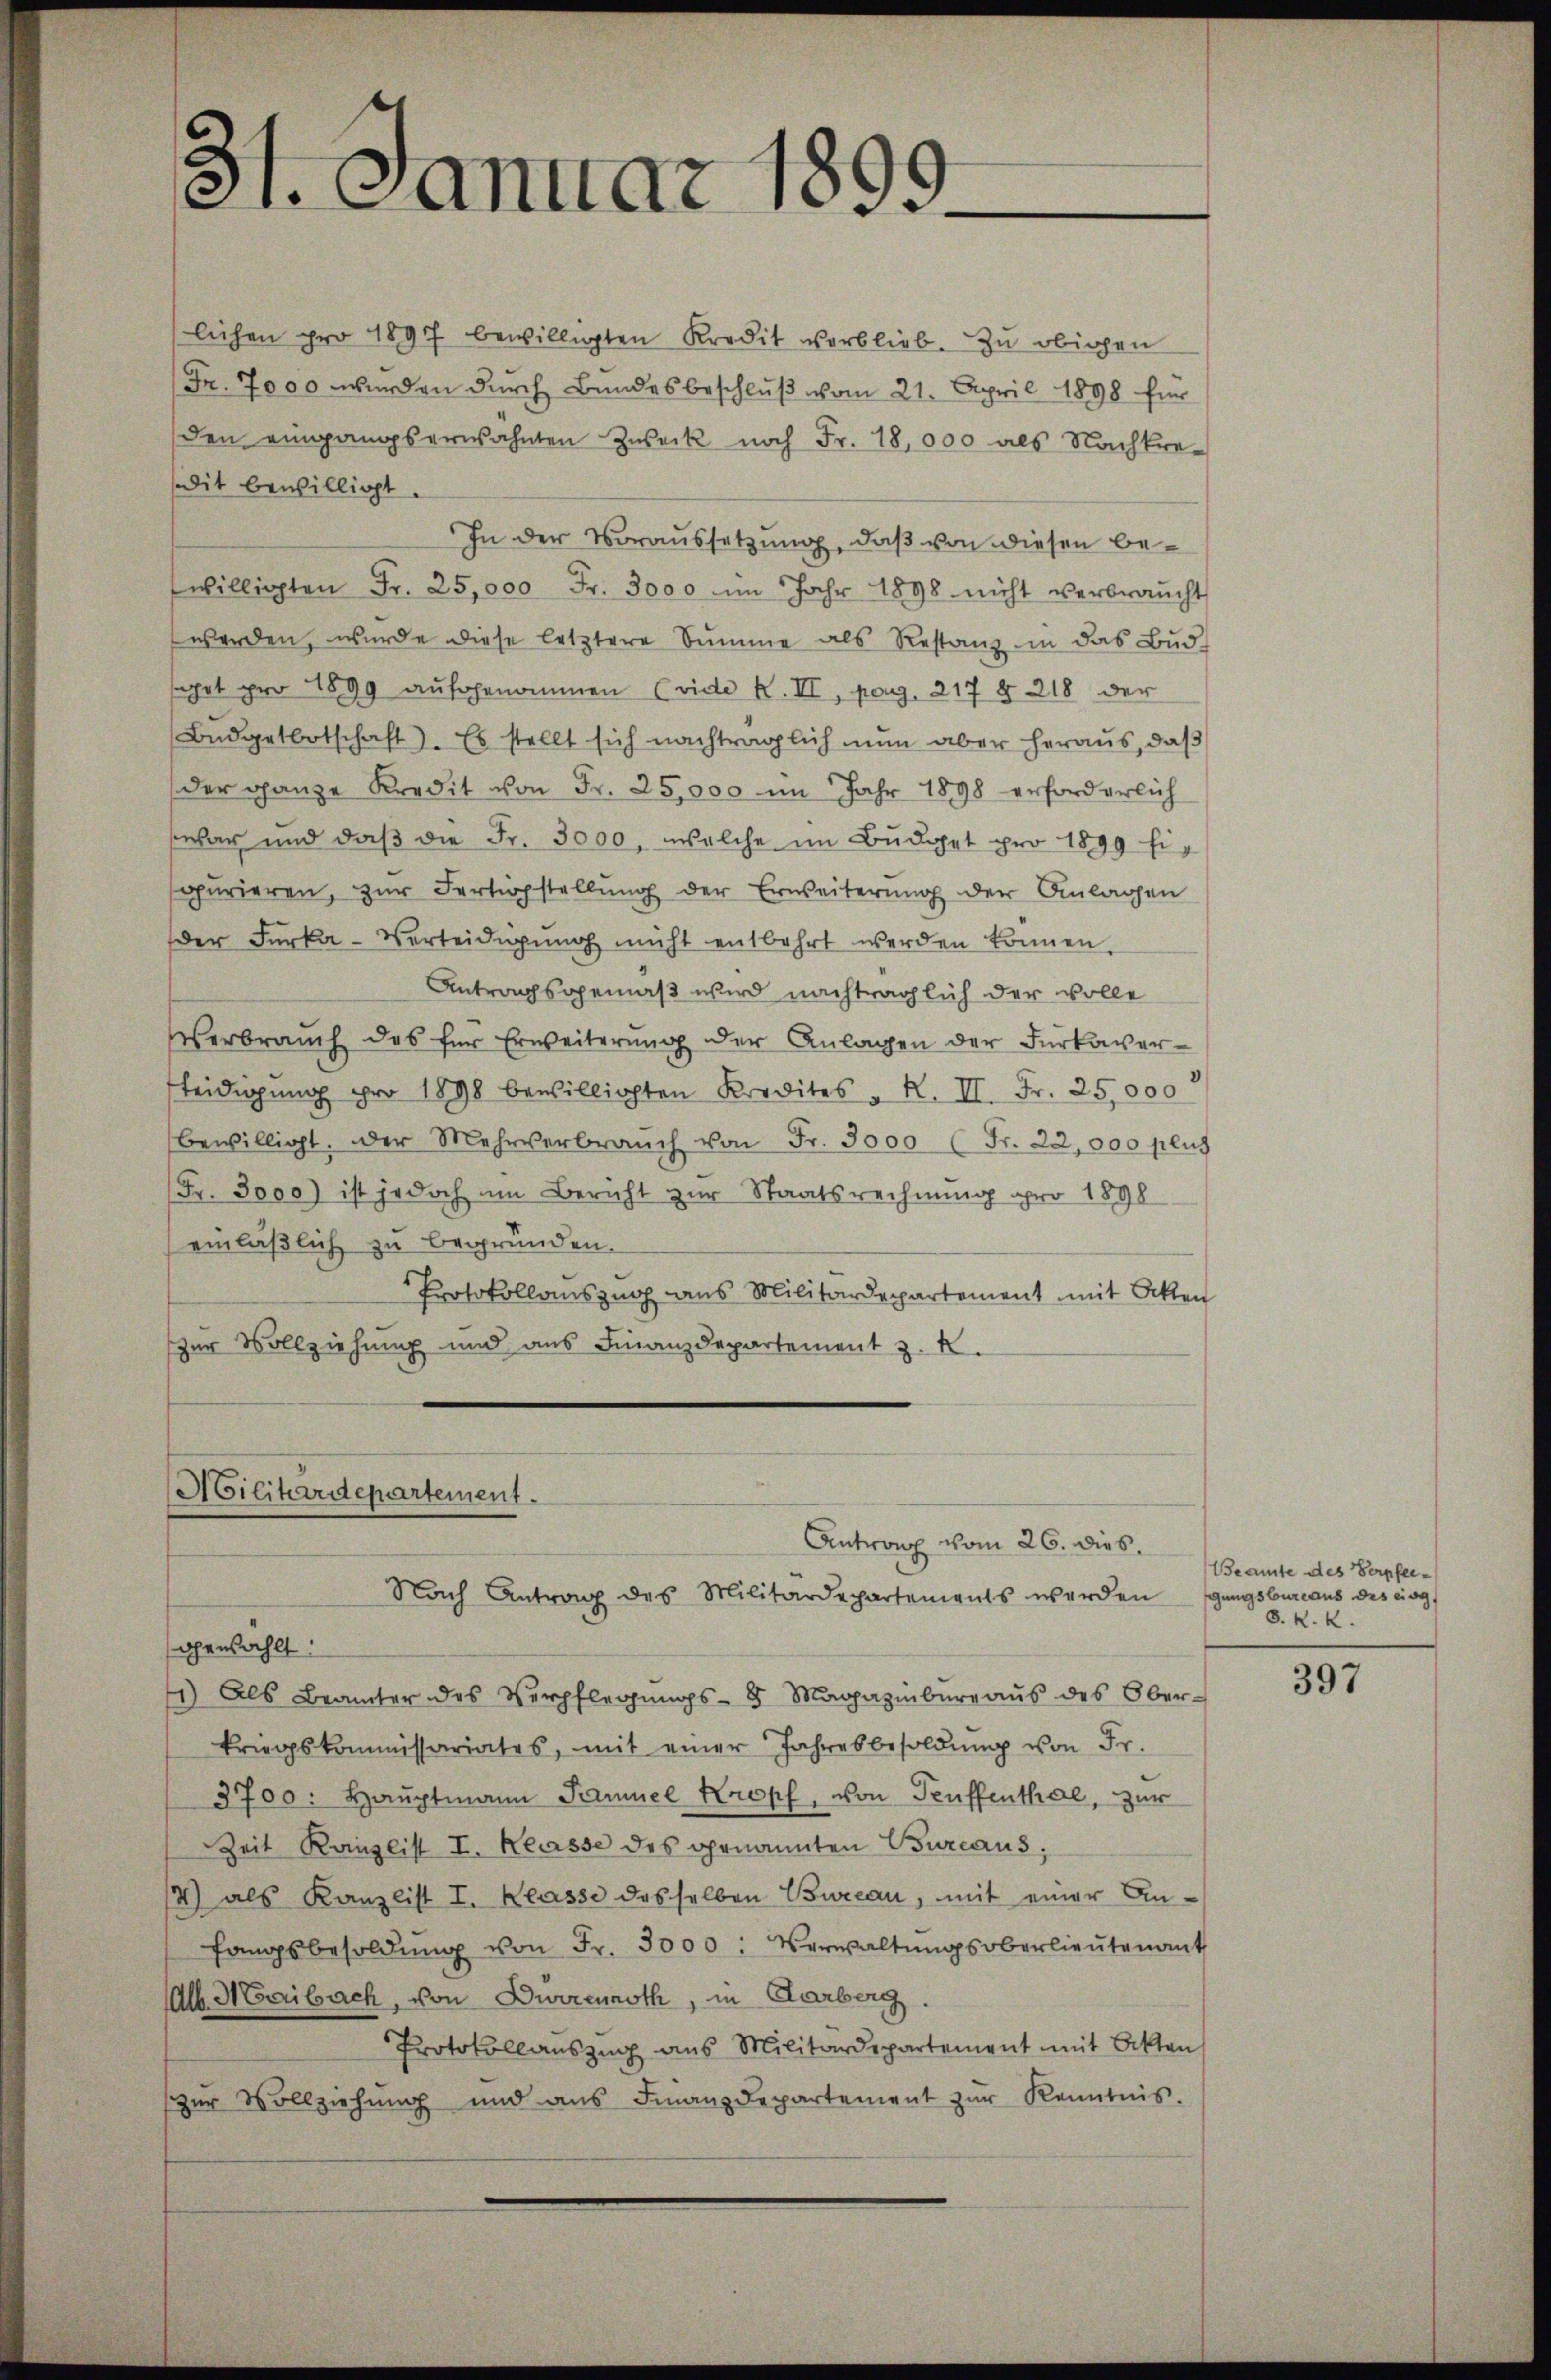
3.. Cantat l.

lichen pro 1897 bewilligten Kredit verblieb. Zu obigen
(Fr. 7000 werden durch Bundesbeschluß vom 21. April 1898 für
den eingangserwähnten Zweck noch Fr. 18,000 als Nachkre-
dit bewilligt.
In der Voraussetzung, daß von diesen bewilligten Fr. 25,000 Fr. 3000 im Jahr 1898 nicht verbraŭcht
werden, wurde diese letztere Summe als Restanz in das Bud-
sget pro 1899 aufgenommen (vide K. III, pag. 217 § 218 der
Büdgetbotschaft). Es stellt sich nachträglich nun aber heraus, daß
der ganze Kredit von Fr. 25,000 im Jahr 1898 erforderlich
war und daβ die Fr. 3000, welche im Budget pro 1899 fispurieren, zŭr Fertigstellŭng der Erweiterŭng der Anlagen
der Furka-Verteidigŭng nicht entbehrt werden können
Antragsgemäß wird nachträglich der wolle
Verbrauch des für Erweiterŭng der Anlagen der Furkaver¬
Leidigŭng pro 1898 bewilligten Kredites " R. II. Fr. 25,000
bewilligt. Der Mehrverbraŭch von Fr. 3000 (Fr. 22,000 plus
Fr. 3000) ist jedoch am Bericht zur Staatsrechnung pro 1898
einläßlich zu begründen.
Protokollauszug aus Militärdepartement mit Akten
zur Vollziehung und aus Finanzdepartement z. K.

Militärdepartement.
Antrag vom 26. dies
Nach Antrag des Militärdepartements werden

gewählt:
11) Als Beamter des Verpflegŭngs-8 Magazinbŭrgaŭs des Ober-
kriegskommissariates, mit einer Jahresbesoldŭng von Fr.
3700: Haŭptmann Samuel Kropf, von Teuffenthal, zur
Zeit Kanzlist I. Klasse des genannten Bureaus;
4) als Kanzlist I. Klasse desselben Bureau, mit einer Anfangsbesoldŭng von Fr. 3000. Verwaltŭngsoberlieŭtenant
Alb. Meribach, von Durrenroth, in Garberg
Protokollaŭszŭg ans Militärdepartement mit Beken
zur Vollziehung und ans Finanzdepartement zŭr Kenntnis.

Beamte des Verpfeigungsbureaus des eing
8. K. K.

397